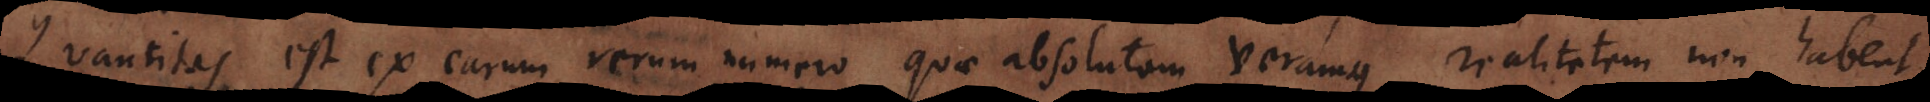
Quantitas est ex earum rerum numero quae absolutam veramque realitatem non habent.